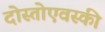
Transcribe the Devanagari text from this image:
दोस्तोएवस्की